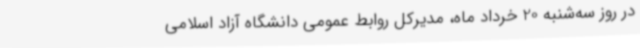
در روز سه‌شنبه 20 خرداد ماه، مدیرکل روابط عمومی دانشگاه آزاد اسلامی